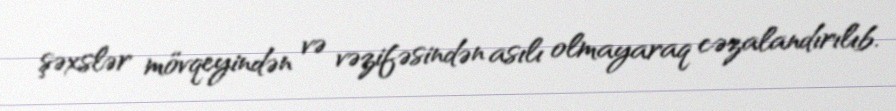
şəxslər mövqeyindən və vəzifəsindən asılı olmayaraq cəzalandırılıb.